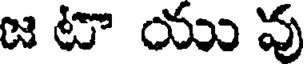
జ టా యు వు